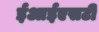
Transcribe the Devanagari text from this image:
ईआईएसटी